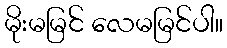
မိုးမမြင် လေမမြင်ပါ။